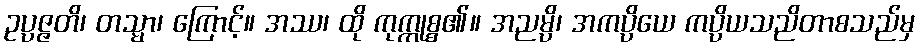
ဥပ္ပဇ္ဇတိ၊ တသ္မာ၊ ကြောင့်။ အဿ၊ ထို ကုက္ကုစ္စ၏။ အညမ္ပိ၊ အကပ္ပိယေ ကပ္ပိယသညိတာစသည်မှ